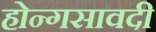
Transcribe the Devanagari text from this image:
होन्गसावदी